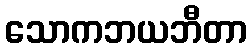
သောကဘယဘီတာ